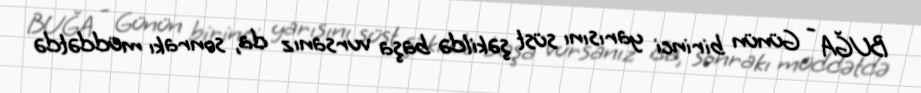
BUĞA - Günün birinci yarısını süst şəkildə başa vursanız da, sonrakı müddətdə